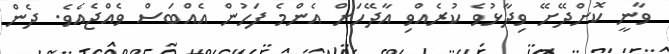
ވާނީ ކޮށްދޭށޭ ވިދާޅުވެ ކުރެއްވި އާދޭހަށް އެންމެ ފަހުން އެއްބަސް ވެއްޖެއެވެ. ދެން